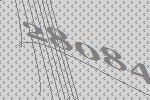
28084